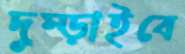
দুম্‌ড়াইবে